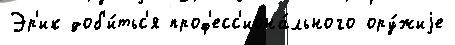
Эр'ик доб'и́тьс'я проф'есс'иона́льного ору́жиjе